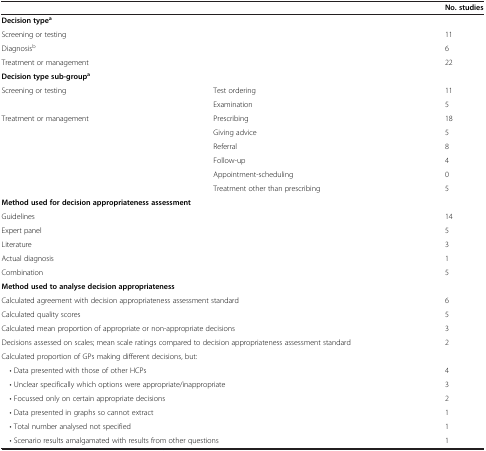
<table><thead><tr><td colspan="2"></td><td><b>No. studies</b></td></tr></thead><tbody><tr><td colspan="3"><b>Decision type</b><sup><b>a</b></sup></td></tr><tr><td colspan="2">Screening or testing</td><td>11</td></tr><tr><td colspan="2">Diagnosis<sup>b</sup></td><td>6</td></tr><tr><td colspan="2">Treatment or management</td><td>22</td></tr><tr><td colspan="3"><b>Decision type sub-group</b><sup><b>a</b></sup></td></tr><tr><td rowspan="2">Screening or testing</td><td>Test ordering</td><td>11</td></tr><tr><td>Examination</td><td>5</td></tr><tr><td rowspan="6">Treatment or management</td><td>Prescribing</td><td>18</td></tr><tr><td>Giving advice</td><td>5</td></tr><tr><td>Referral</td><td>8</td></tr><tr><td>Follow-up</td><td>4</td></tr><tr><td>Appointment-scheduling</td><td>0</td></tr><tr><td>Treatment other than prescribing</td><td>5</td></tr><tr><td colspan="3"><b>Method used for decision appropriateness assessment</b></td></tr><tr><td colspan="2">Guidelines</td><td>14</td></tr><tr><td colspan="2">Expert panel</td><td>5</td></tr><tr><td colspan="2">Literature</td><td>3</td></tr><tr><td colspan="2">Actual diagnosis</td><td>1</td></tr><tr><td colspan="2">Combination</td><td>5</td></tr><tr><td colspan="3"><b>Method used to analyse decision appropriateness</b></td></tr><tr><td colspan="2">Calculated agreement with decision appropriateness assessment standard</td><td>6</td></tr><tr><td colspan="2">Calculated quality scores</td><td>5</td></tr><tr><td colspan="2">Calculated mean proportion of appropriate or non-appropriate decisions</td><td>3</td></tr><tr><td colspan="2">Decisions assessed on scales; mean scale ratings compared to decision appropriateness assessment standard</td><td>2</td></tr><tr><td colspan="2">Calculated proportion of GPs making different decisions, but:</td><td></td></tr><tr><td colspan="2"> • Data presented with those of other HCPs</td><td>4</td></tr><tr><td colspan="2"> • Unclear specifically which options were appropriate/inappropriate</td><td>3</td></tr><tr><td colspan="2"> • Focussed only on certain appropriate decisions</td><td>2</td></tr><tr><td colspan="2"> • Data presented in graphs so cannot extract</td><td>1</td></tr><tr><td colspan="2"> • Total number analysed not specified</td><td>1</td></tr><tr><td colspan="2"> • Scenario results amalgamated with results from other questions</td><td>1</td></tr></tbody></table>